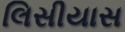
લિસીયાસ